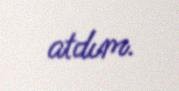
atdım.